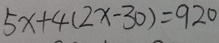
5 x + 4 ( 2 x - 3 0 ) = 9 2 0